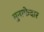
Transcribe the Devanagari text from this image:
मुनाफेदार